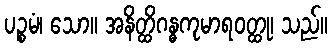
ပဉ္စမံ၊ သော။ အနိတ္ထိဂန္ဓကုမာရဝတ္ထု၊ သည်။